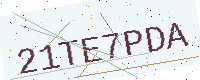
Text: 21TE7PDA